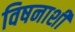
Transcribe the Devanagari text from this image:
विषनाशी